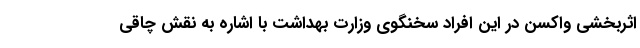
اثربخشی واکسن در این افراد سخنگوی وزارت بهداشت با اشاره به نقش چاقی